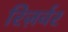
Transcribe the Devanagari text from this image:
रिज़र्वर